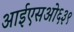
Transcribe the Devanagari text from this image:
आईएसओ६३९